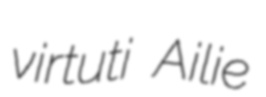
virtuti Ailie